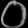
Digit: ၀